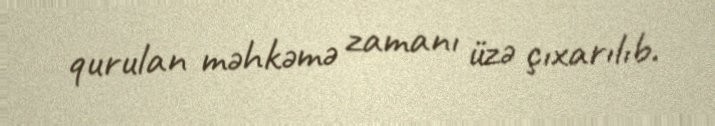
qurulan məhkəmə zamanı üzə çıxarılıb.